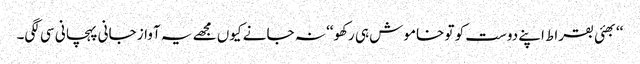
‘‘بھئی بقراط اپنے دوست کو تو خاموش ہی رکھو‘‘ نہ جانے کیوں مجھے یہ آواز جانی پہچانی سی لگی۔